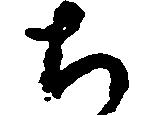
ち